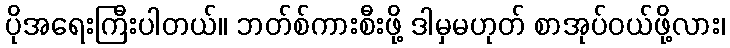
ပိုအရေးကြီးပါတယ်။ ဘတ်စ်ကားစီးဖို့ ဒါမှမဟုတ် စာအုပ်ဝယ်ဖို့လား၊